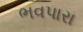
ભવપારા